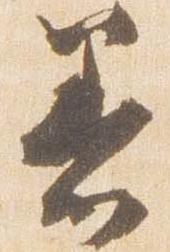
着